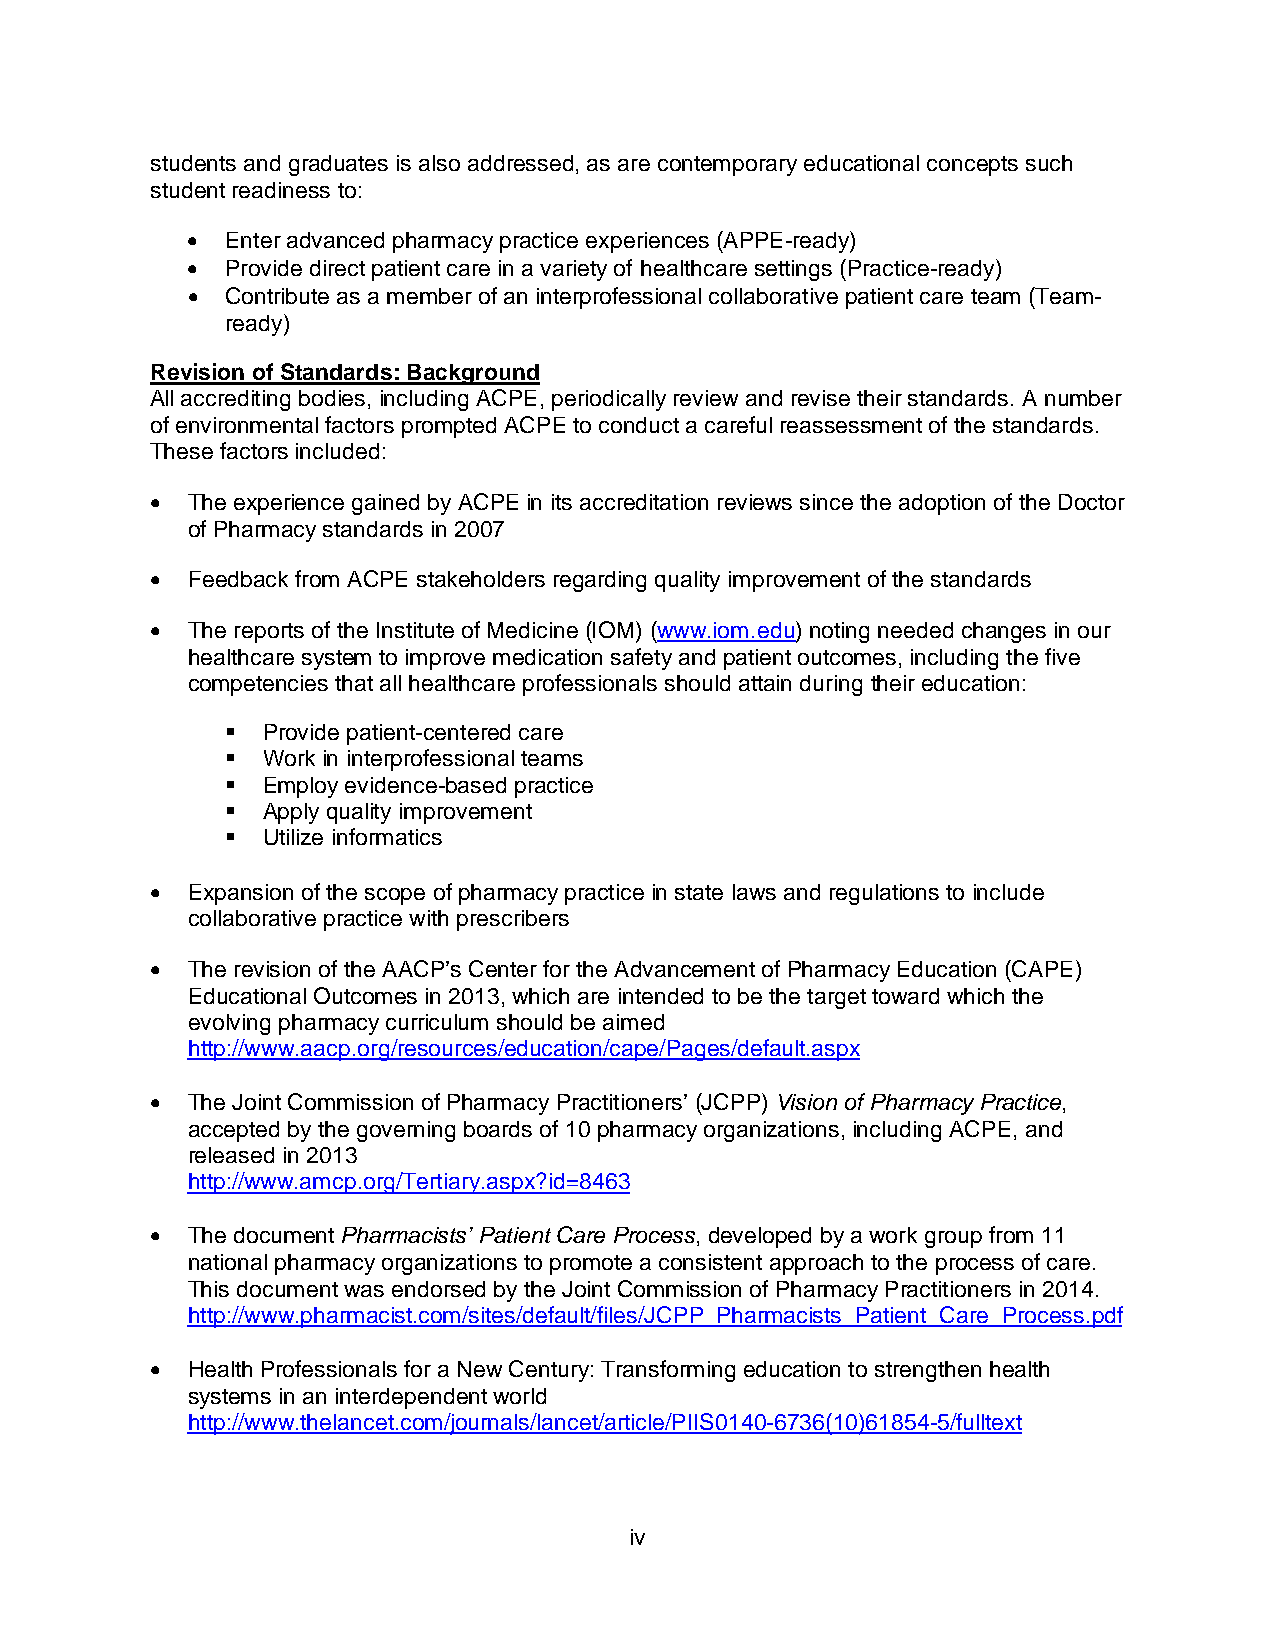
students and graduates is also addressed, as are contemporary educational concepts such
 student readiness to:
 •  Enter advanced pharmacy practice experiences (APPE-ready)
 •  Provide direct patient care in a variety of healthcare settings (Practice-ready)
 •  Contribute as a member of an interprofessional collaborative patient care team (Team-
 ready)
 Revision of Standards: Background
 All accrediting bodies, including ACPE, periodically review and revise their standards. A number
 of environmental factors prompted ACPE to conduct a careful reassessment of the standards.
 These factors included:
 • The experience gained by ACPE in its accreditation reviews since the adoption of the Doctor
 of Pharmacy standards in 2007
 • Feedback from ACPE stakeholders regarding quality improvement of the standards
 • The reports of the Institute of Medicine (IOM) (www.iom.edu) noting needed changes in our
 healthcare system to improve medication safety and patient outcomes, including the five
 competencies that all healthcare professionals should attain during their education:
  Provide patient-centered care
  Work in interprofessional teams
  Employ evidence-based practice
  Apply quality improvement
  Utilize informatics
 • Expansion of the scope of pharmacy practice in state laws and regulations to include
 collaborative practice with prescribers
 • The revision of the AACP’s Center for the Advancement of Pharmacy Education (CAPE)
 Educational Outcomes in 2013, which are intended to be the target toward which the
 evolving pharmacy curriculum should be aimed
 http://www.aacp.org/resources/education/cape/Pages/default.aspx
 • The Joint Commission of Pharmacy Practitioners’ (JCPP) Vision of Pharmacy Practice,
 accepted by the governing boards of 10 pharmacy organizations, including ACPE, and
 released in 2013
 http://www.amcp.org/Tertiary.aspx?id=8463
 • The document Pharmacists’ Patient Care Process, developed by a work group from 11
 national pharmacy organizations to promote a consistent approach to the process of care.
 This document was endorsed by the Joint Commission of Pharmacy Practitioners in 2014.
 http://www.pharmacist.com/sites/default/files/JCPP_Pharmacists_Patient_Care_Process.pdf
 • Health Professionals for a New Century: Transforming education to strengthen health
 systems in an interdependent world
 http://www.thelancet.com/journals/lancet/article/PIIS0140-6736(10)61854-5/fulltext
 iv